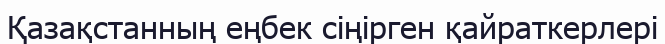
Қазақстанның еңбек сіңірген қайраткерлері